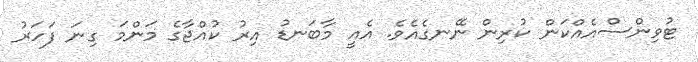
ޓުވިންސްއެއްކަން ކުރިން ނޭނގެއެވެ. އެއީ މާބަނޑު އިރު ކުއްޖާގެ މަންމަ ގިނަ ފަހަރު